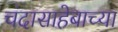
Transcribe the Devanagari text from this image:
चंदासाहेबाच्या